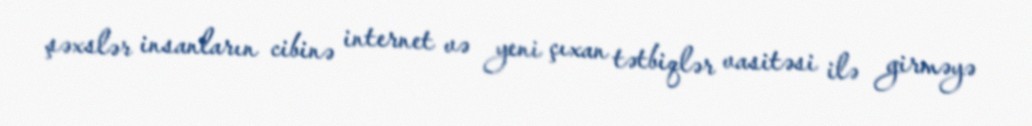
şəxslər insanların cibinə internet və yeni çıxan tətbiqlər vasitəsi ilə girməyə